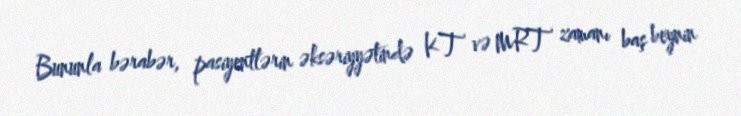
Bununla bərabər, pasiyentlərin əksəriyyətində KT və MRT zamanı baş beynin